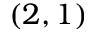
( 2 , 1 )